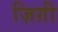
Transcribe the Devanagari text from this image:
ज़िग़ी